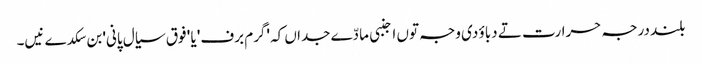
بلند درجہ حرارت تے دباؤ دی وجہ تو‏ں اجنبی مادّے جداں کہ 'گرم برف' یا ' فوق سیال پانی' بن سکدے نیں۔